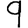
Digit: 9